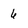
Character: 6